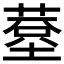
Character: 𦸧